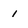
Character: 1